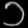
Digit: ၁